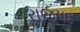
રાજપદ